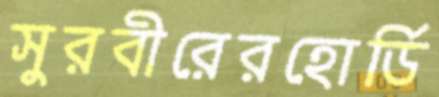
সুরবীরেরহোর্ডি